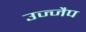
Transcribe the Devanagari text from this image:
उज्जैप